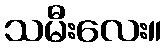
သမီးလေး။